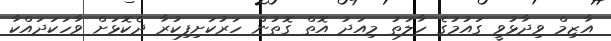
އާޒިމް ވިދާޅުވީ ގައުމުގެ ހާލަތު މިއަދު އޮތް ގޮތުން ހަރުކަށިފިކުރާ ދެކޮޅަށް ވާހަކަދައްކާ